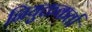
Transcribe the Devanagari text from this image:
नियुक्तकर्ता